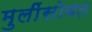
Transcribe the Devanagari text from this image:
मुलींसोबत